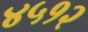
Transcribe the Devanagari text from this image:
४५१२